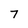
Character: T